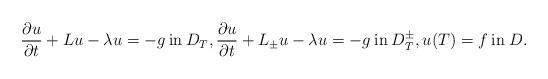
LaTeX: \begin{align*}\frac{\partial u}{\partial t} + Lu - \lambda u = -g \: \mbox{in} \: D_T, \frac{\partial u}{\partial t} + L_\pm u - \lambda u = -g \: \mbox{in} \: D_T^\pm, u(T) = f \: \mbox{in} \: D.\end{align*}